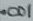
Text: .001